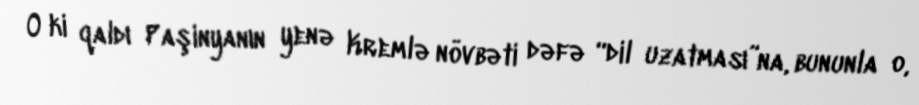
O ki qaldı Paşinyanın yenə Kremlə növbəti dəfə “dil uzatması”na, bununla o,